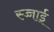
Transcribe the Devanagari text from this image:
स्च्चाई